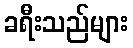
ခရီးသည်များ